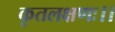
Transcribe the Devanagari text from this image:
कृतलक्षणः।।